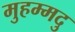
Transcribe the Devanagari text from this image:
मुहम्मदु